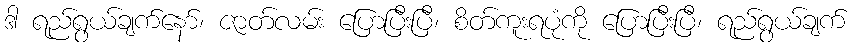
ဒါ ရည်ရွယ်ချက်နော်၊ ဇာတ်လမ်း ပြောပြီးပြီ၊ စိတ်ကူးရပုံကို ပြောပြီးပြီ၊ ရည်ရွယ်ချက်